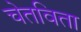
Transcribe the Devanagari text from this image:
चेतविता